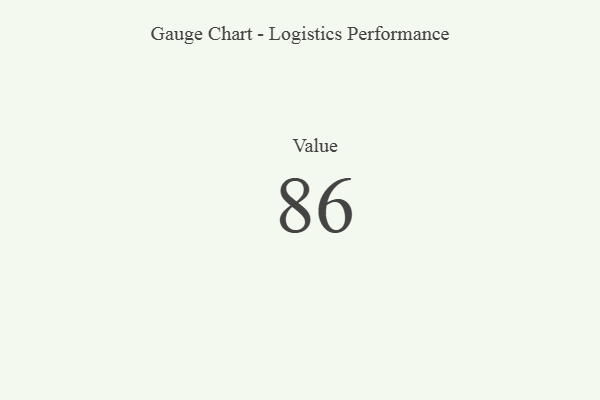
{"axis": {"x": "Metric", "y": "Value"}, "legend": [""], "data": [{"x": "Value", "y": 86, "type": ""}]}